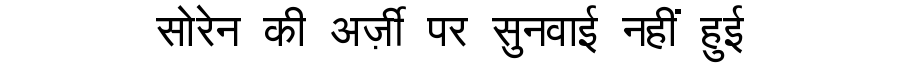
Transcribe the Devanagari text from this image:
सोरेन की अर्ज़ी पर सुनवाई नहीं हुई